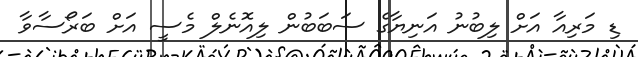
ޑި މަރިއާ އަށް ލިބުނު އަނިޔާގެ ސަބަބުން ލިއޮނެލް މެސީ އަށް ބަރޯސާވާ